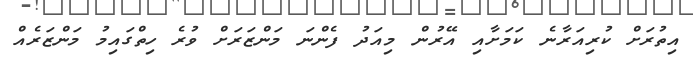
އިތުރަށް ކުރިއަރާނެ ކަމަށާއި އޭރުން މިއަދު ފެންނަ މަންޒަރަށް ވުރެ ހިތްގައިމު މަންޒަރެއް